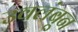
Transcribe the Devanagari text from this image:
उवलंबून